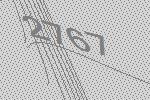
2767